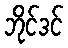
ဘိုင်ဒင်